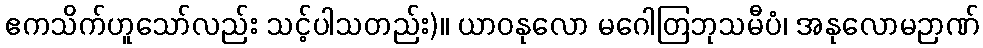
ဧကသိက်ဟူသော်လည်း သင့်ပါသတည်း)။ ယာဝနုလော မဂေါတြဘုသမီပံ၊ အနုလောမဉာဏ်